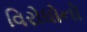
વિરોધોનો